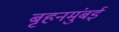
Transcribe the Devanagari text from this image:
बृहनमुंबई